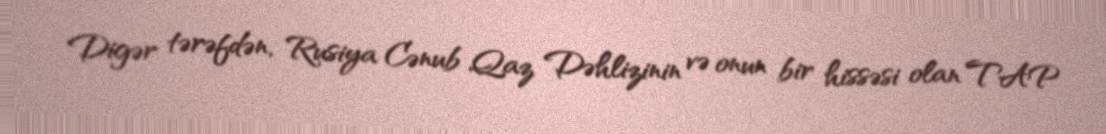
Digər tərəfdən, Rusiya Cənub Qaz Dəhlizinin və onun bir hissəsi olan TAP